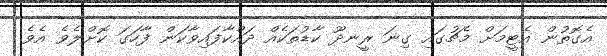
އެގޮތުން އެޓީމަށް މެޗުގައި ގިނަ ރީނދޫ ކާޑުތަކެއް ދައްކާފައިވާކަން ފާހަގަ ކޮށްލެވެ އެވެ.